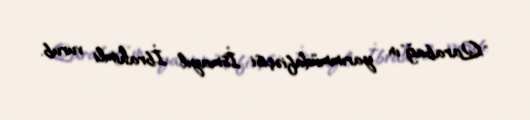
"Qarabağ"ın yarımmüdafiəçisi İsmayıl İbrahimli vurub.